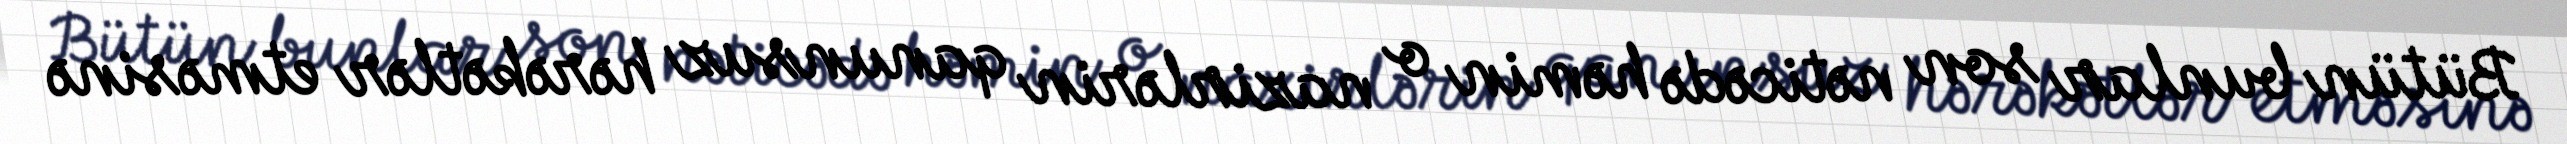
Bütün bunlar son nəticədə həmin o nazirlərin qanunsuz hərəkətlər etməsinə